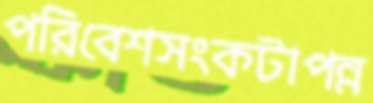
পরিবেশসংকটাপন্ন